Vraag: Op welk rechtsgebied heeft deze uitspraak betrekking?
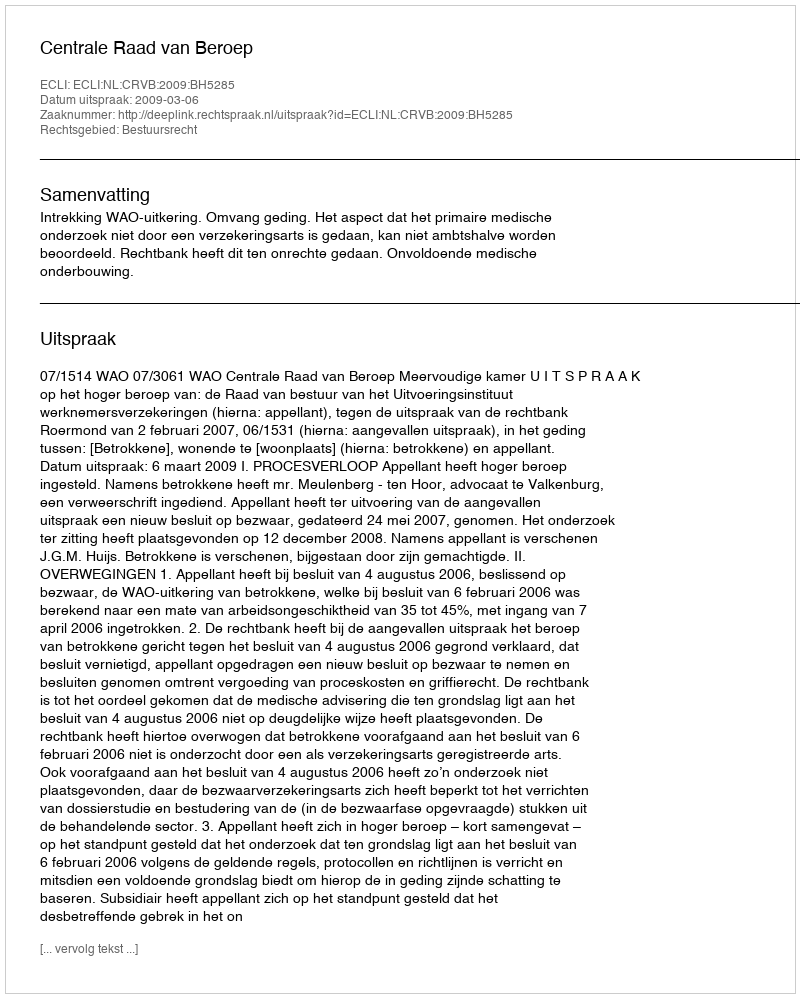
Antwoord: Bestuursrecht